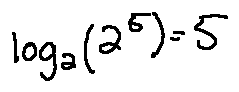
\log _ { 2 } ( 2 ^ { 5 } ) = 5